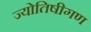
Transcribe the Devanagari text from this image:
ज्योतिषीगण